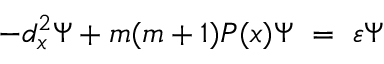
- d _ { x } ^ { 2 } \Psi + m ( m + 1 ) { \cal P } ( x ) \Psi \ = \ \varepsilon \Psi